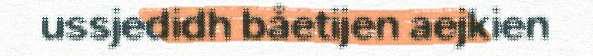
ussjedidh båetijen aejkien